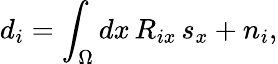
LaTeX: d_{i}=\int_{\Omega}dx\, R_{ix}\, s_{x}+n_{i},